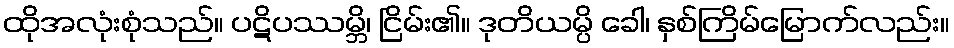
ထိုအလုံးစုံသည်။ ပဋိပဿမ္ဘိ၊ ငြိမ်း၏။ ဒုတိယမ္ပိ ခေါ၊ နှစ်ကြိမ်မြောက်လည်း။